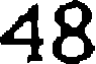
48